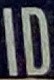
ID